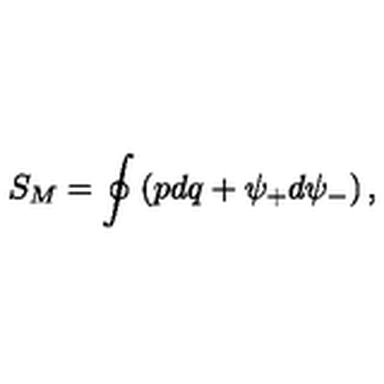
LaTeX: S _ { M } = \oint \left( p d q + \psi _ { + } d \psi _ { - } \right) ,